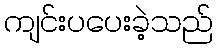
ကျင်းပပေးခဲ့သည်